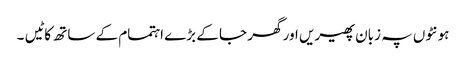
ہونٹوں پہ زبان پھیریں اور گھر جا کے بڑے اہتمام کے ساتھ کاٹیں ۔